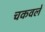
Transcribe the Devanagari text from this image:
चकवले